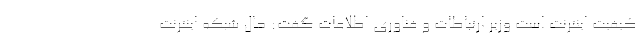
کیفیت اینترنت است وزیر ارتباطات و فناوری اطلاعات گفت: حال شبکه اینترنت